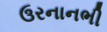
ઉરનાનભી